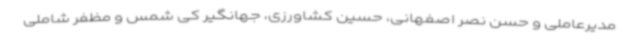
مدیرعاملی و حسن نصر اصفهانی، حسین کشاورزی، جهانگیر کی شمس و مظفر شاملی